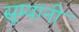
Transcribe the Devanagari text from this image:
सूम्‍यानी